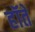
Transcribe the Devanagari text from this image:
हॉते